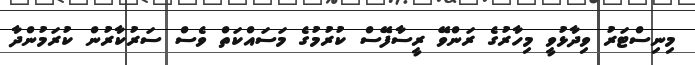
މިނިސްޓަރު ވިދާޅުވީ މިހާރުގެ ރަންވޭ ރީސާފޭސް ކުރުމުގެ މަސައްކަތް ވެސް ސަރުކާރުން ކުރަމުންދާ